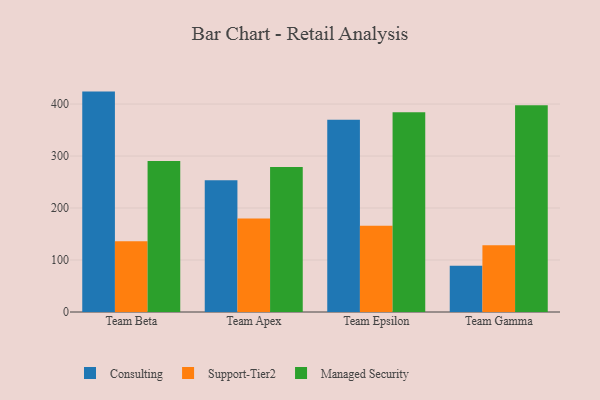
{"axis": {"x": "Team", "y": "Production Output"}, "legend": ["Consulting", "Managed Security", "Support-Tier2"], "data": [{"x": "Team Beta", "y": 423.9, "type": "Consulting"}, {"x": "Team Beta", "y": 136.1, "type": "Support-Tier2"}, {"x": "Team Beta", "y": 290.6, "type": "Managed Security"}, {"x": "Team Apex", "y": 253.6, "type": "Consulting"}, {"x": "Team Apex", "y": 179.8, "type": "Support-Tier2"}, {"x": "Team Apex", "y": 279.1, "type": "Managed Security"}, {"x": "Team Epsilon", "y": 369.6, "type": "Consulting"}, {"x": "Team Epsilon", "y": 165.8, "type": "Support-Tier2"}, {"x": "Team Epsilon", "y": 384.1, "type": "Managed Security"}, {"x": "Team Gamma", "y": 89.0, "type": "Consulting"}, {"x": "Team Gamma", "y": 128.6, "type": "Support-Tier2"}, {"x": "Team Gamma", "y": 397.6, "type": "Managed Security"}]}